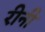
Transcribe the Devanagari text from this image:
रीनी